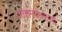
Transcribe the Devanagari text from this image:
आसमंतातल्या